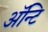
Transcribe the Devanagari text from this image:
अॅन्टि